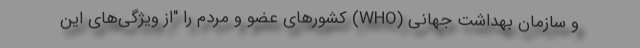
و سازمان بهداشت جهانی (WHO) کشورهای عضو و مردم را "از ویژگی‌های این